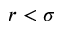
r < \sigma